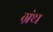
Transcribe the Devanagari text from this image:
ग्रंथ्‍ा